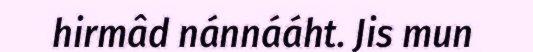
hirmâd nánnááht. Jis mun